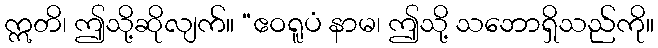
ဣတိ၊ ဤသို့ဆိုလျက်။ “ဧဝရူပံ နာမ၊ ဤသို့ သဘောရှိသည်ကို။